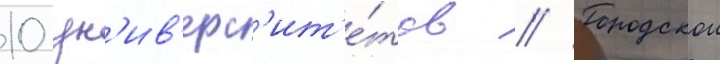
10 ун'ив'ерс'ит'е́тов // Городскои